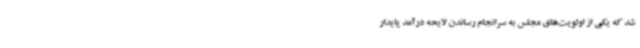
شد که یکی از اولویت‌های مجلس به سرانجام رساندن لایحه درآمد پایدار